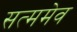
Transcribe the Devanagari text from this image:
सत्ममेव